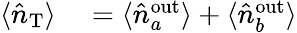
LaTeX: \begin{array}{rl}{\langle\hat{n}_{\mathrm{{T}}}\rangle}&{{}=\langle\hat{n}_{a}^{\mathrm{{out}}}\rangle+\langle\hat{n}_{b}^{\mathrm{{out}}}\rangle}\end{array}